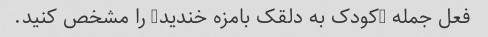
فعل جمله "کودک به دلقک بامزه خندید" را مشخص کنید.